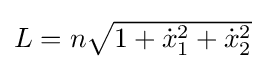
{\textstyle L=n{\sqrt {1+{\dot {x}}_{1}^{2}+{\dot {x}}_{2}^{2}}}}